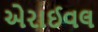
એરાઈવલ